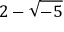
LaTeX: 2 - { \sqrt { - 5 } }